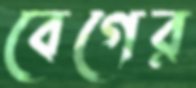
বেগের